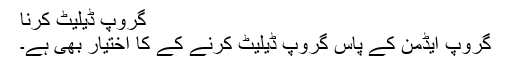
گروپ ڈیلیٹ کرنا
گروپ ایڈمن کے پاس گروپ ڈیلیٹ کرنے کے کا اختیار بھی ہے۔